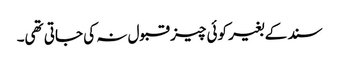
سند کے بغیر کوئی چیز قبول نہ کی جاتی تھی۔